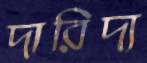
দারিদ্য